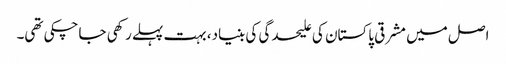
اصل میں مشرقی پاکستان کی علیحدگی کی بنیاد، بہت پہلے رکھی جاچکی تھی۔